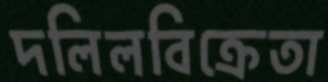
দলিলবিক্রেতা